Report of the Imperial Institute of Veterinary Research, Muktesar
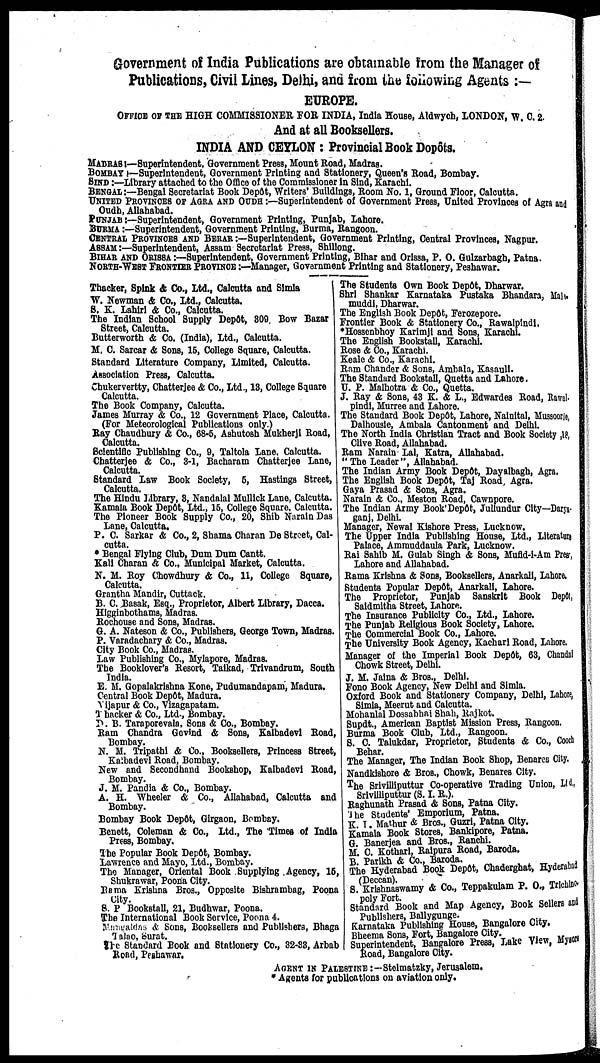
Government of India Publications are obtainable from the Manager of
Publications, Civil Lines, Delhi, and from the following Agents :—
EUROPE.
OFFICE OF THE HIGH COMMISSIONER FOR INDIA, India House, Aldwych, LONDON, W. C. 2.
And at all Booksellers.
INDIA AND CEYLON : Provincial Book Dopôts.
MADRAS :—Superintendent, Government Press, Mount Road, Madras.
BOMBAY:—Superintendent, Government Printing and Stationery, Queen's Road, Bombay.
SIND :—Library attached to the Office of the Commissioner in Sind, Karachi.
BENGAL :—Bengal Secretariat Book Depôt, Writers' Buildings, Room No. 1, Ground Floor, Calcutta.
UNITED PROVINCES OF AGRA AND OUDH :—Superintendent of Government Press, United Provinces of Agra and
Oudh, Allahabad.
and
PUNJAB :—Superintendent, Government Printing, Punjab, Lahore.
BURMA:—Superintendent, Government Printing, Burma, Rangoon.
CENTRAL PROVINCES AND BERAR :—Superintendent, Government Printing, Central Provinces, Nagpur.
ASSAM :—Superintendent, Assam Secretariat Press, Shillong.
BIHAR AND ORISSA :—Superintendent, Government Printing, Bihar and Orissa, P. O. Gulzarbagh, Patna.
NORTH-WEST FRONTIER PROVINCE :—Manager, Government Printing and Stationery, Peshawar.
Thacker, Spink & Co., Ltd., Calcutta and Simla
W. Newman & Co., Ltd., Calcutta.
S. K. Lahiri & Co., Calcutta.
The Indian School Supply Depôt, 809 Bow Bazar
Street, Calcutta.
Butterworth & Co. (India), Ltd., Calcutta.
M, C. Sarcar & Sons, 15, College Square, Calcutta.
Standard Literature Company, Limited, Calcutta.
Association Press, Calcutta.
Chukervertty, Chatterjee & Co., Ltd., 18, College Square
Calcutta.
The Book Company, Calcutta.
James Murray & Co., 12 Government Place, Calcutta.
(For Meteorological Publications only.)
Ray Chaudhury & Co., 68-5, Ashutosh Mukherji Road,
Calcutta.
Scientific Publishing Co., 9, Taltola Lane. Calcutta.
Chatterjee & Co., 3-1, Bacharam Chatterjee Lane,
Calcutta.
Standard Law Book Society, 5, Hastings Street,
Calcutta.
The Hindu Library, 3, Nandalal Mullick Lane, Calcutta.
Kamala Book Depôt, Ltd., 15, College Square, Calcutta.
The Pioneer Book Supply Co., 20, Shib Narain Das
Lane, Calcutta.
P. C. Sarkar & Co., 2, Shama Charan De Street, Cal-
cutta.
* Bengal Flying Club, Dum Dum Cantt.
Kali Charan & Co., Municipal Market, Calcutta.
N. M. Roy Chowdhury & Co., 11, College Square,
Calcutta.
Grantha Mandir, Cuttack.
B. C. Basak, Esq., Proprietor, Albert Library, Dacca.
Higginbothams, Madras.
Rochouse and Sons, Madras.
G. A. Nateson & Co., Publishers, George Town, Madras.
P. Varadachary & Co., Madras.
City Book Co., Madras.
Law Publishing Co., Mylapore, Madras.
The Booklover's Resort, Taikad, Trivandrum, South
India.
E. M. Gopalakrishna Kone, Pudumandapam, Madura.
Central Book Depôt, Madura.
Vijapur & Co., Vizagapatam.
Thacker & Co., Ltd., Bombay.
D. B. Taraporevala, Sons & Co., Bombay.
Ram Chandra Govind & Sons, Kalbadevi Road,
Bombay.
N. M. Tripathi & Co., Booksellers, Princess Street,
Kalbadevi Road, Bombay.
New and Secondhand Bookshop, Kalbadevi Road,
Bombay.
J. M. Pandia & Co., Bombay.
A. H. Wheeler & Co., Allahabad, Calcutta and
Bombay.
Bombay Book Depôt, Girgaon, Bombay.
Benett, Coleman & Co., Ltd., The Times of India
Press, Bombay.
The Popular Book Depôt, Bombay.
Lawrence and Mayo, Ltd., Bombay.
The Manager, Oriental Book Supplying Agency, 15,
Shukrawar, Poona City.
Rama Krishna Bros., Opposite Bishrambag, Poona
City.
S. P Bookstall, 21, Budhwar, Poona.
The International Book Service, Poona 4.
Mangaldas & Sons, Booksellers and Publishers, Bhaga
Talao, Surat.
The Standard Book and Stationery Co., 32-33, Arbab
Road, Peshawar.
The Students Own Book Depôt, Dharwar.
Shri Shankar Karnataka Pustaka Bhandara, Mali-
muddi, Dharwar.
The English Book Depôt, Ferozepore.
Frontier Book & Stationery Co., Rawalpindi,
*Hossenbhoy Karimji and Sons, Karachi.
The English Bookstall, Karachi.
Rose & Co., Karachi.
Keale & Co., Karachi.
Ram Chander & Sons, Ambala, Kasauli.
The Standard Bookstall, Quetta and Lahore.
U. P. Malhotra & Co., Quetta.
J. Ray & Sons, 43 K. & L., Edwardes Road, Rawal-
pindi, Murree and Lahore.
The Standard Book Depôt, Lahore, Nainital, Mussoorie,
Dalhousie, Ambala Cantonment and Delhi.
The North India Christian Tract and Book Society ,18,
Clive Road, Allahabad.
Ram Narain Lal, Katra, Allahabad.
" The Leader", Allahabad.
The Indian Army Book Depôt, Dayalbagh, Agra.
The English Book Depôt, Taj Road, Agra.
Gaya Prasad & Sons, Agra.
Narain & Co., Meston Road, Cawnpore.
The Indian Army Book Depôt, Jullundur City—Darya-
ganj, Delhi.
Manager, Newal Kishore Press, Lucknow.
The Upper India Publishing House, Ltd., Literature
Palace, Ammuddaula Park, Lucknow.
Rai Sahib M. Gulab Singh & Sons, Mufld-i-Am Press,
Lahore and Allahabad.
Rama Krishna & Sons, Booksellers, Anarkali, Lahore.
Students Popular Depôt, Anarkali, Lahore.
The Proprietor, Punjab Sanskrit Book Depôt,
Saidmitha Street, Lahore.
The Insurance Publicity Co., Ltd., Lahore.
The Punjab Religious Book Society, Lahore.
The Commercial Book Co., Lahore.
The University Book Agency, Kachari Road, Lahore.
Manager of the Imperial Book Depôt, 63, Chandni
Chowk Street, Delhi.
J. M. Jalna & Bros., Delhi.
Fono Book Agency, New Delhi and Simla.
Oxford Book and Stationery Company, Delhi, Lahore,
Simla, Meerut and Calcutta.
Mohanlal Dossabhai Shah, Rajkot.
Supdt., American Baptist Mission Press, Rangoon.
Burma Book Club, Ltd., Rangoon.
S. C. Talukdar, Proprietor, Students & Co., Cooch
Behar.
The Manager, The Indian Book Shop, Benares City.
Nandkishore & Bros., Chowk, Benares City.
The Srivilliputtur Co-operative Trading Union, Ltd.,
Srivilliputtur (S. I. R.).
Raghunath Prasad & Sons, Patna City.
The Students' Emporium, Patna.
K. I. Mathur & Bros., Guzri, Patna City.
Kamala Book Stores, Bankipore, Patna.
G. Banerjea and Bros., Ranchi.
M. C. Kothari, Raipura Road, Baroda.
B. Parikh & Co., Baroda.
The Hyderabad Book Depôt, Chaderghat, Hyderabad
(Deccan).
S. Krishnaswamy & Co., Teppakulam P. O., Trichine¬
poly Fort.
Standard Book and Map Agency, Book Sellers and
Publishers, Ballygunge.
Karnataka Publishing House, Bangalore City.
Bheema Sons, Fort, Bangalore City.
Superintendent, Bangalore Press, Lake View, Mysore
Road, Bangalore City.
AGENT IN PALESTINE :—Steimatzky, Jerusalem.
* Agents for publications on aviation only.